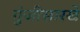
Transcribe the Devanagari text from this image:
गुंजीसारखे